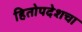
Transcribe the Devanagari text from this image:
हितोपदेशचा